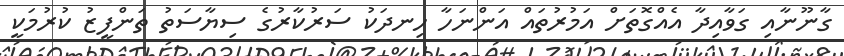
ގާނޫނާއި ގަވާއިދާ އެއްގޮތަށް އަމުރުތައް އަންނަހާ ހިނދަކު ސަރުކާރުގެ ސިޔާސަތު ތަންފީޒު ކުރުމަކީ